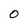
Character: O